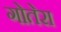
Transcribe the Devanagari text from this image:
गोतेरा